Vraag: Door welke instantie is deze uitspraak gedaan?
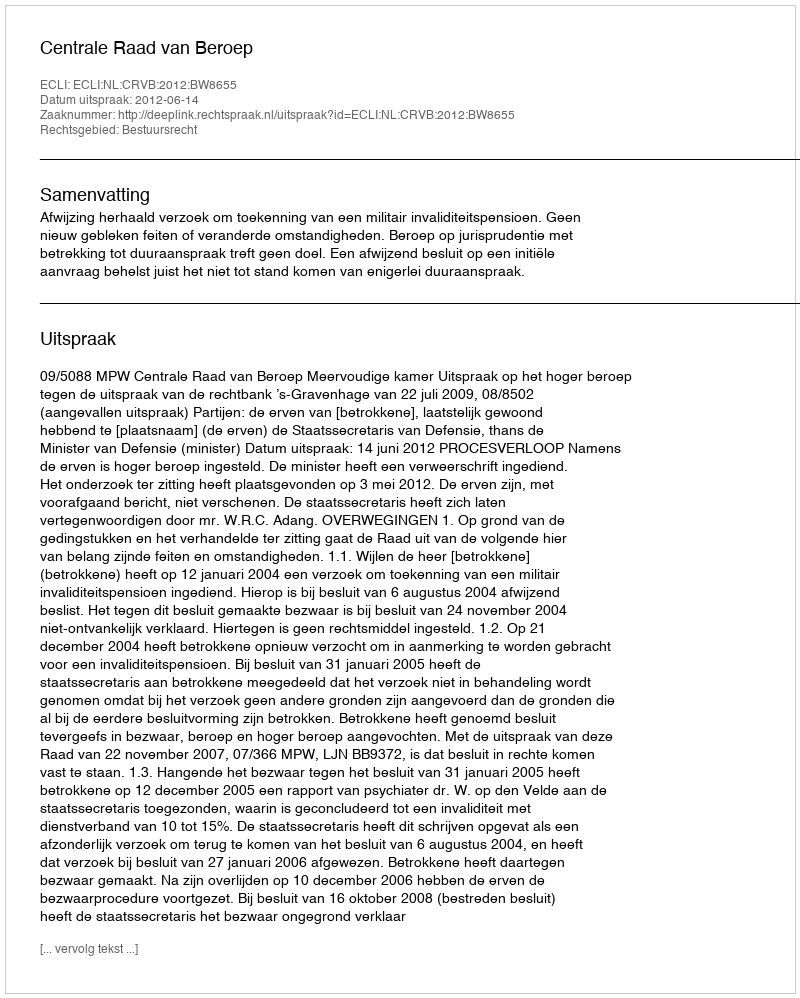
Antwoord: Centrale Raad van Beroep